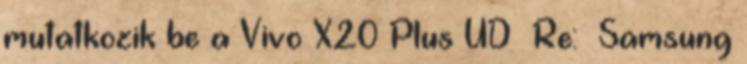
mutatkozik be a Vivo X20 Plus UD Re: Samsung